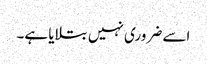
اسے ضروری نہیں بتلایا ہے۔